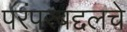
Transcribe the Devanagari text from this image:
परंपरबद्दलचे